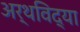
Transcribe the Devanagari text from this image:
अर्थविद्या